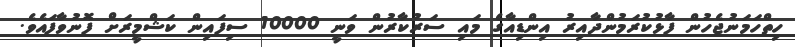
ހިތްހަމަނުޖެހުން ފާޅުކުރަމުންދާއިރު އިންޑިއާގެ މައި ސަރުކާރުން ވަނީ 10000 ސިފައިން ކަޝްމީރަށް ފޮނުވާފައެވެ.